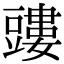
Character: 𧰃